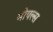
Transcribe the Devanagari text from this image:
मोयल्स